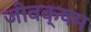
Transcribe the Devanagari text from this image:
जीवक्षम